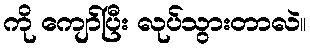
ကို ကျော်ပြီး လုပ်သွားတာလဲ။